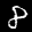
Digit: 8